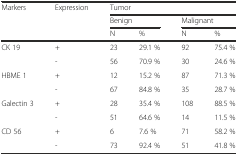
<table><thead><tr><td rowspan="3"><b>Markers</b></td><td rowspan="3"><b>Expression</b></td><td colspan="4"><b>Tumor</b></td></tr><tr><td colspan="2"><b>Benign</b></td><td colspan="2"><b>Malignant</b></td></tr><tr><td><b>N</b></td><td><b>%</b></td><td><b>N</b></td><td><b>%</b></td></tr></thead><tbody><tr><td rowspan="2">CK 19</td><td>+</td><td>23</td><td>29.1 %</td><td>92</td><td>75.4 %</td></tr><tr><td>-</td><td>56</td><td>70.9 %</td><td>30</td><td>24.6 %</td></tr><tr><td rowspan="2">HBME 1</td><td>+</td><td>12</td><td>15.2 %</td><td>87</td><td>71.3 %</td></tr><tr><td>-</td><td>67</td><td>84.8 %</td><td>35</td><td>28.7 %</td></tr><tr><td rowspan="2">Galectin 3</td><td>+</td><td>28</td><td>35.4 %</td><td>108</td><td>88.5 %</td></tr><tr><td>-</td><td>51</td><td>64.6 %</td><td>14</td><td>11.5 %</td></tr><tr><td rowspan="2">CD 56</td><td>+</td><td>6</td><td>7.6 %</td><td>71</td><td>58.2 %</td></tr><tr><td>-</td><td>73</td><td>92.4 %</td><td>51</td><td>41.8 %</td></tr></tbody></table>